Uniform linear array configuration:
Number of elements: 64
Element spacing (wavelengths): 1
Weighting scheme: uniform
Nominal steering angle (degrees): -30
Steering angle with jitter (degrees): -31.417
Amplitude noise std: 0.05
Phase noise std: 0.05

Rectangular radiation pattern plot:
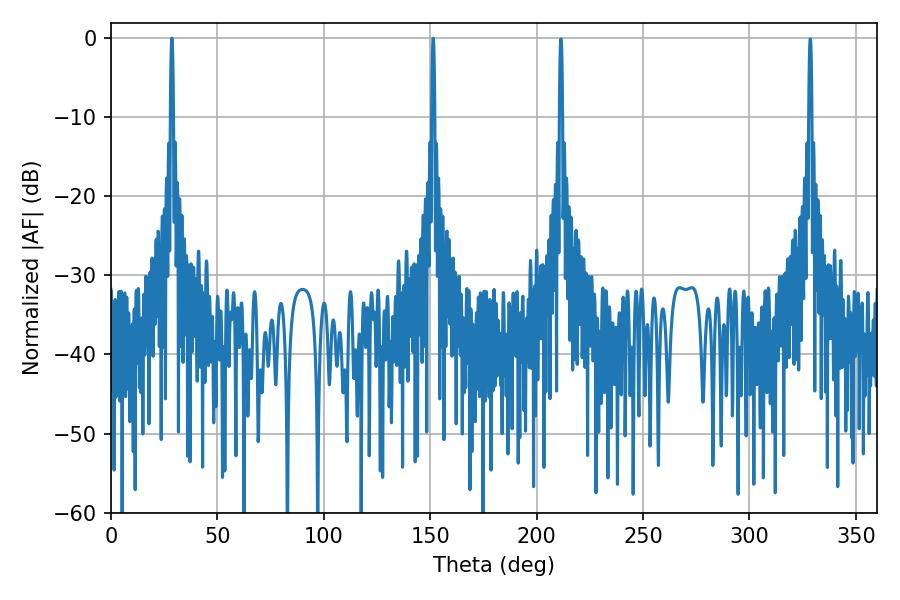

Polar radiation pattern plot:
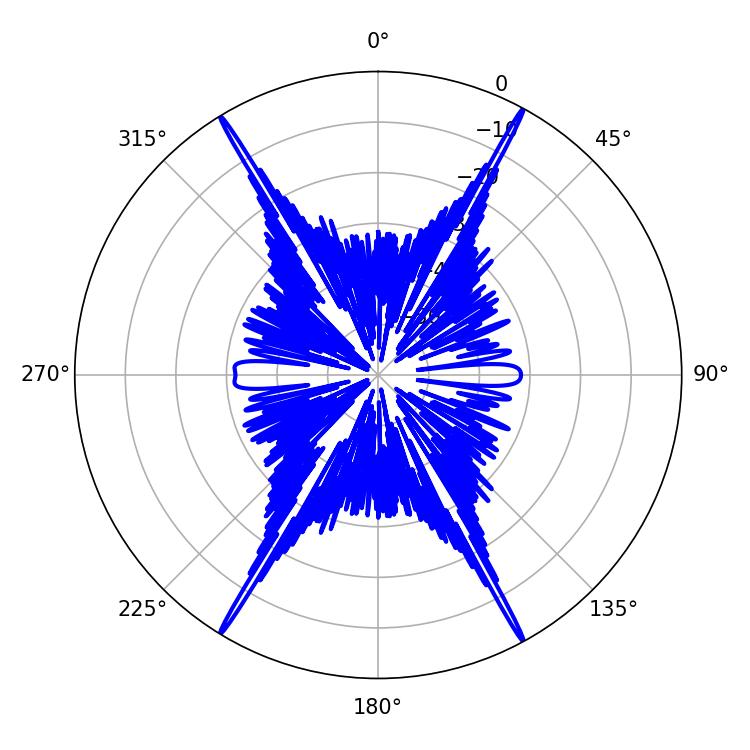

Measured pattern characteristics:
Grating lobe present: TRUE
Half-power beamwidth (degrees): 0.72
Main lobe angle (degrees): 28.62